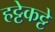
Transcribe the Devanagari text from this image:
हट्टेकट्टे